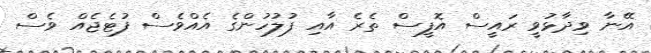
އޭނާ ވިދާޅުވީ ރައީސް އޮފީސް ތެރެ އާއި ފުލުހުންގެ އެއްވެސް ފުޓެޖެއް ވެސް